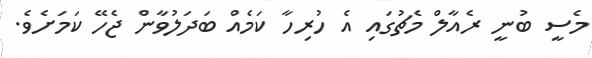
މެސީ ބުނީ ރެއާލް މެޗުގައި އެ ހުރިހާ ކަމެއް ބަދަލުވާން ޖެހޭ ކަމަށެވެ.